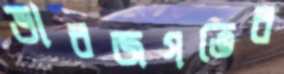
ভাবজগতের